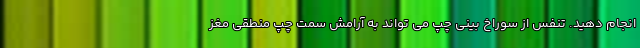
انجام دهید. تنفس از سوراخ بینی چپ می تواند به آرامش سمت چپ منطقی مغز